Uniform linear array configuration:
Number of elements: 8
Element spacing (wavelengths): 1
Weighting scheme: uniform
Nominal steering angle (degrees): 45
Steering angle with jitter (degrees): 44.513
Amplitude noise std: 0.05
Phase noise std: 0.05

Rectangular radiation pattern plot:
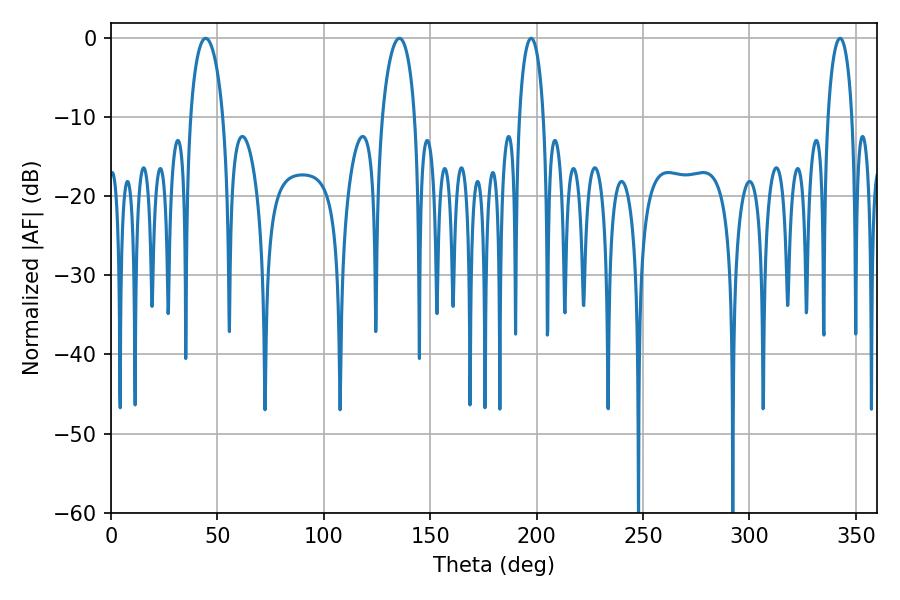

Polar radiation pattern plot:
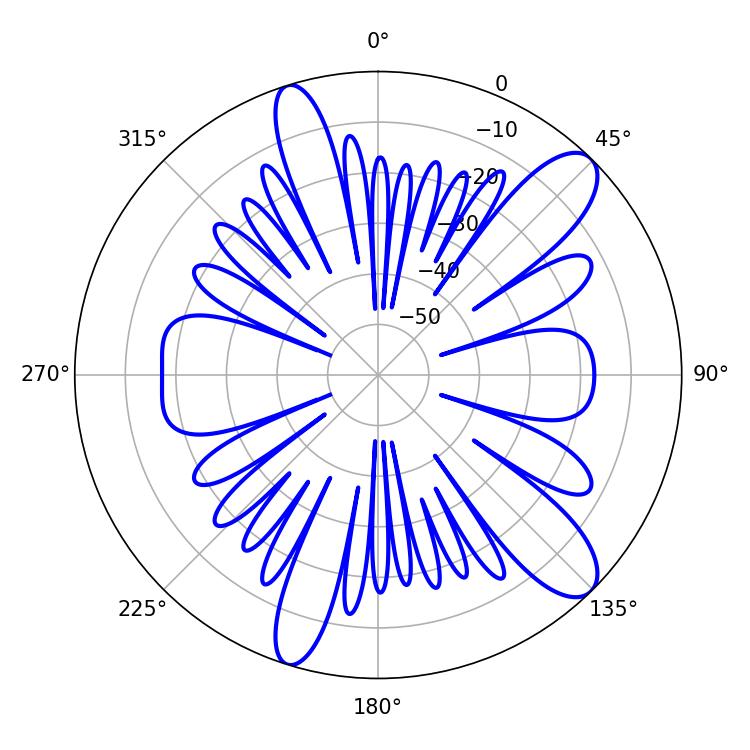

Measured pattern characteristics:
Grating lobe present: TRUE
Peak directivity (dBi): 11.057
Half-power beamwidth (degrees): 8.64
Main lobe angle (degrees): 44.46